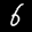
Label: 6